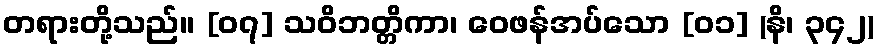
တရားတို့သည်။ [၀၇] သဝိဘတ္တိကာ၊ ဝေဖန်အပ်သော [၀၁] (နိ၊ ၃၄၂)